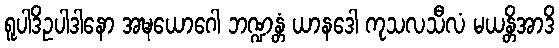
ရူပါဒိဥပါဒါနော အဍ္ဎယောဂေါ ဘဏ္ဍန္တံ ယာနဒေါ ကုသလသီလံ မယန္တိအာဒိ